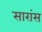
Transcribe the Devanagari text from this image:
सारांस